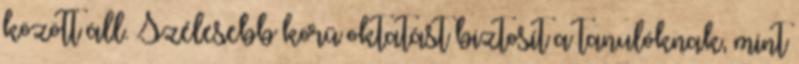
között áll. Szélesebb körű oktatást biztosít a tanulóknak, mint